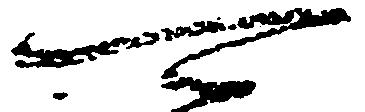
可